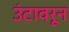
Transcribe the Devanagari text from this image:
उंटावरून